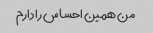
من همین احساس را دارم